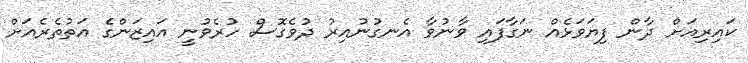
ކައިރިއަށް ދާން ފިޔަވަޅެއް ނަގާފައި ވާނުވާ އެނގުނުއިރު ދުވެގޮސް ހުރެވުނީ އައިޒަންގެ އަތުތެރެއަށް